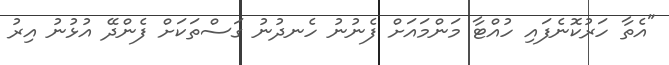
"އެތާ ހަރުކޮނެފައި ހުއްޓާ މަންމައަށް ފެނުނު ހެނދުނު ގަސްތަކަށް ފެންދޭ އުޅުނު އިރު